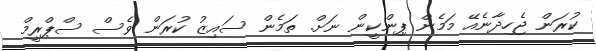
ކުރަން ޖެހިދާނެއޭ މަމެން ޕިންކީން ނަށް. ތަމެން ސައިޒު ކުރަން ވެސް ސްޕްރީމް